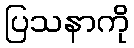
ပြသနာကို